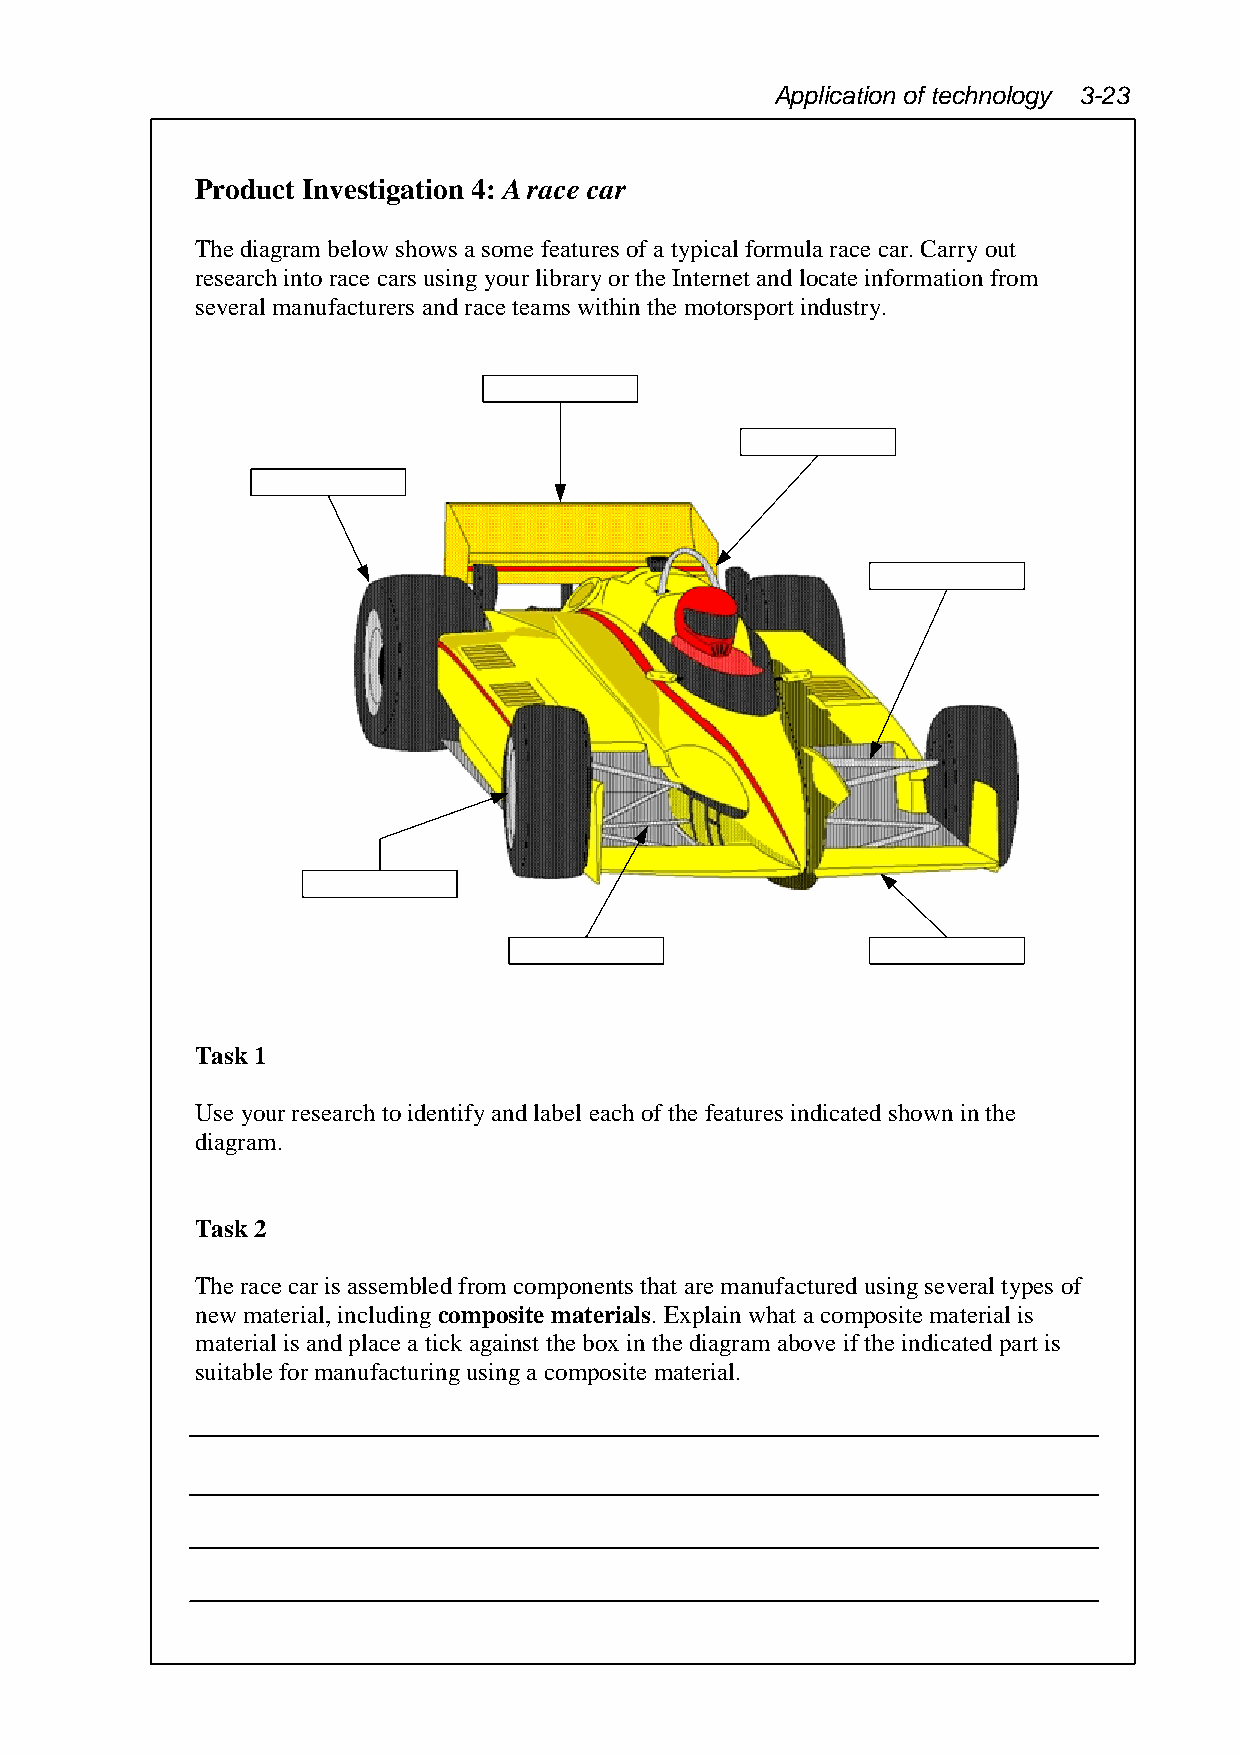
Application of technology 3-23
 Product Investigation 4: A race car
 The diagram below shows a some features of a typical formula race car. Carry out
 research into race cars using your library or the Internet and locate information from
 several manufacturers and race teams within the motorsport industry.
 Task 1
 Use your research to identify and label each of the features indicated shown in the
 diagram.
 Task 2
 The race car is assembled from components that are manufactured using several types of
 new material, including composite materials. Explain what a composite material is
 material is and place a tick against the box in the diagram above if the indicated part is
 suitable for manufacturing using a composite material.